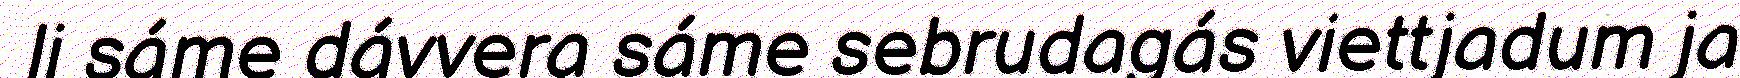
li sáme dávvera sáme sebrudagás viettjadum ja